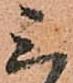
三